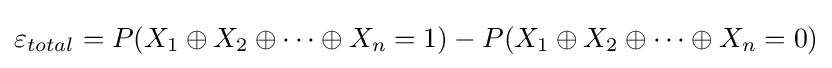
\varepsilon _{total}=P(X_{1}\oplus X_{2}\oplus \cdots \oplus X_{n}=1)-P(X_{1}\oplus X_{2}\oplus \cdots \oplus X_{n}=0)